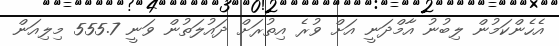
އެހެންކަމުން ލިބުނު އާމްދަނީ އަށް ވުރެ އިތުރަށް ދައުލަތުން ވަނީ 555.7 މިލިއަން